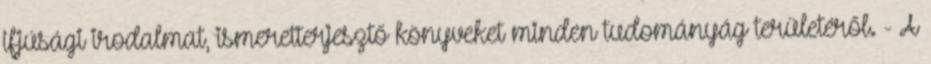
ifjúsági irodalmat, ismeretterjesztő könyveket minden tudományág területéről. - A